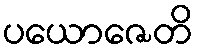
ပယောဇေတိ